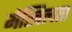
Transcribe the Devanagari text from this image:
मेखिलता